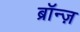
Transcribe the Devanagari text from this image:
ब्रॉन्ज़